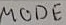
Text: MODE